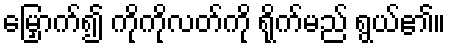
မြှောက်၍ ကိုကိုလတ်ကို ရိုက်မည် ရွယ်၏။